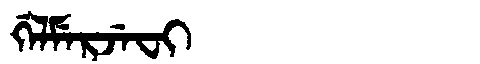
Manchu: ᡤᡝᠯᠮᡝᡵᠵᡝᠸᡳ
Romanization: GELMERJEFI